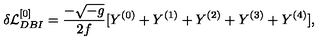
\delta { \cal L } _ { D B I } ^ { [ 0 ] } = \frac { - \sqrt { - g } } { 2 f } [ Y ^ { ( 0 ) } + Y ^ { ( 1 ) } + Y ^ { ( 2 ) } + Y ^ { ( 3 ) } + Y ^ { ( 4 ) } ] ,